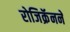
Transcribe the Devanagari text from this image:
रोजिक्रॅनने